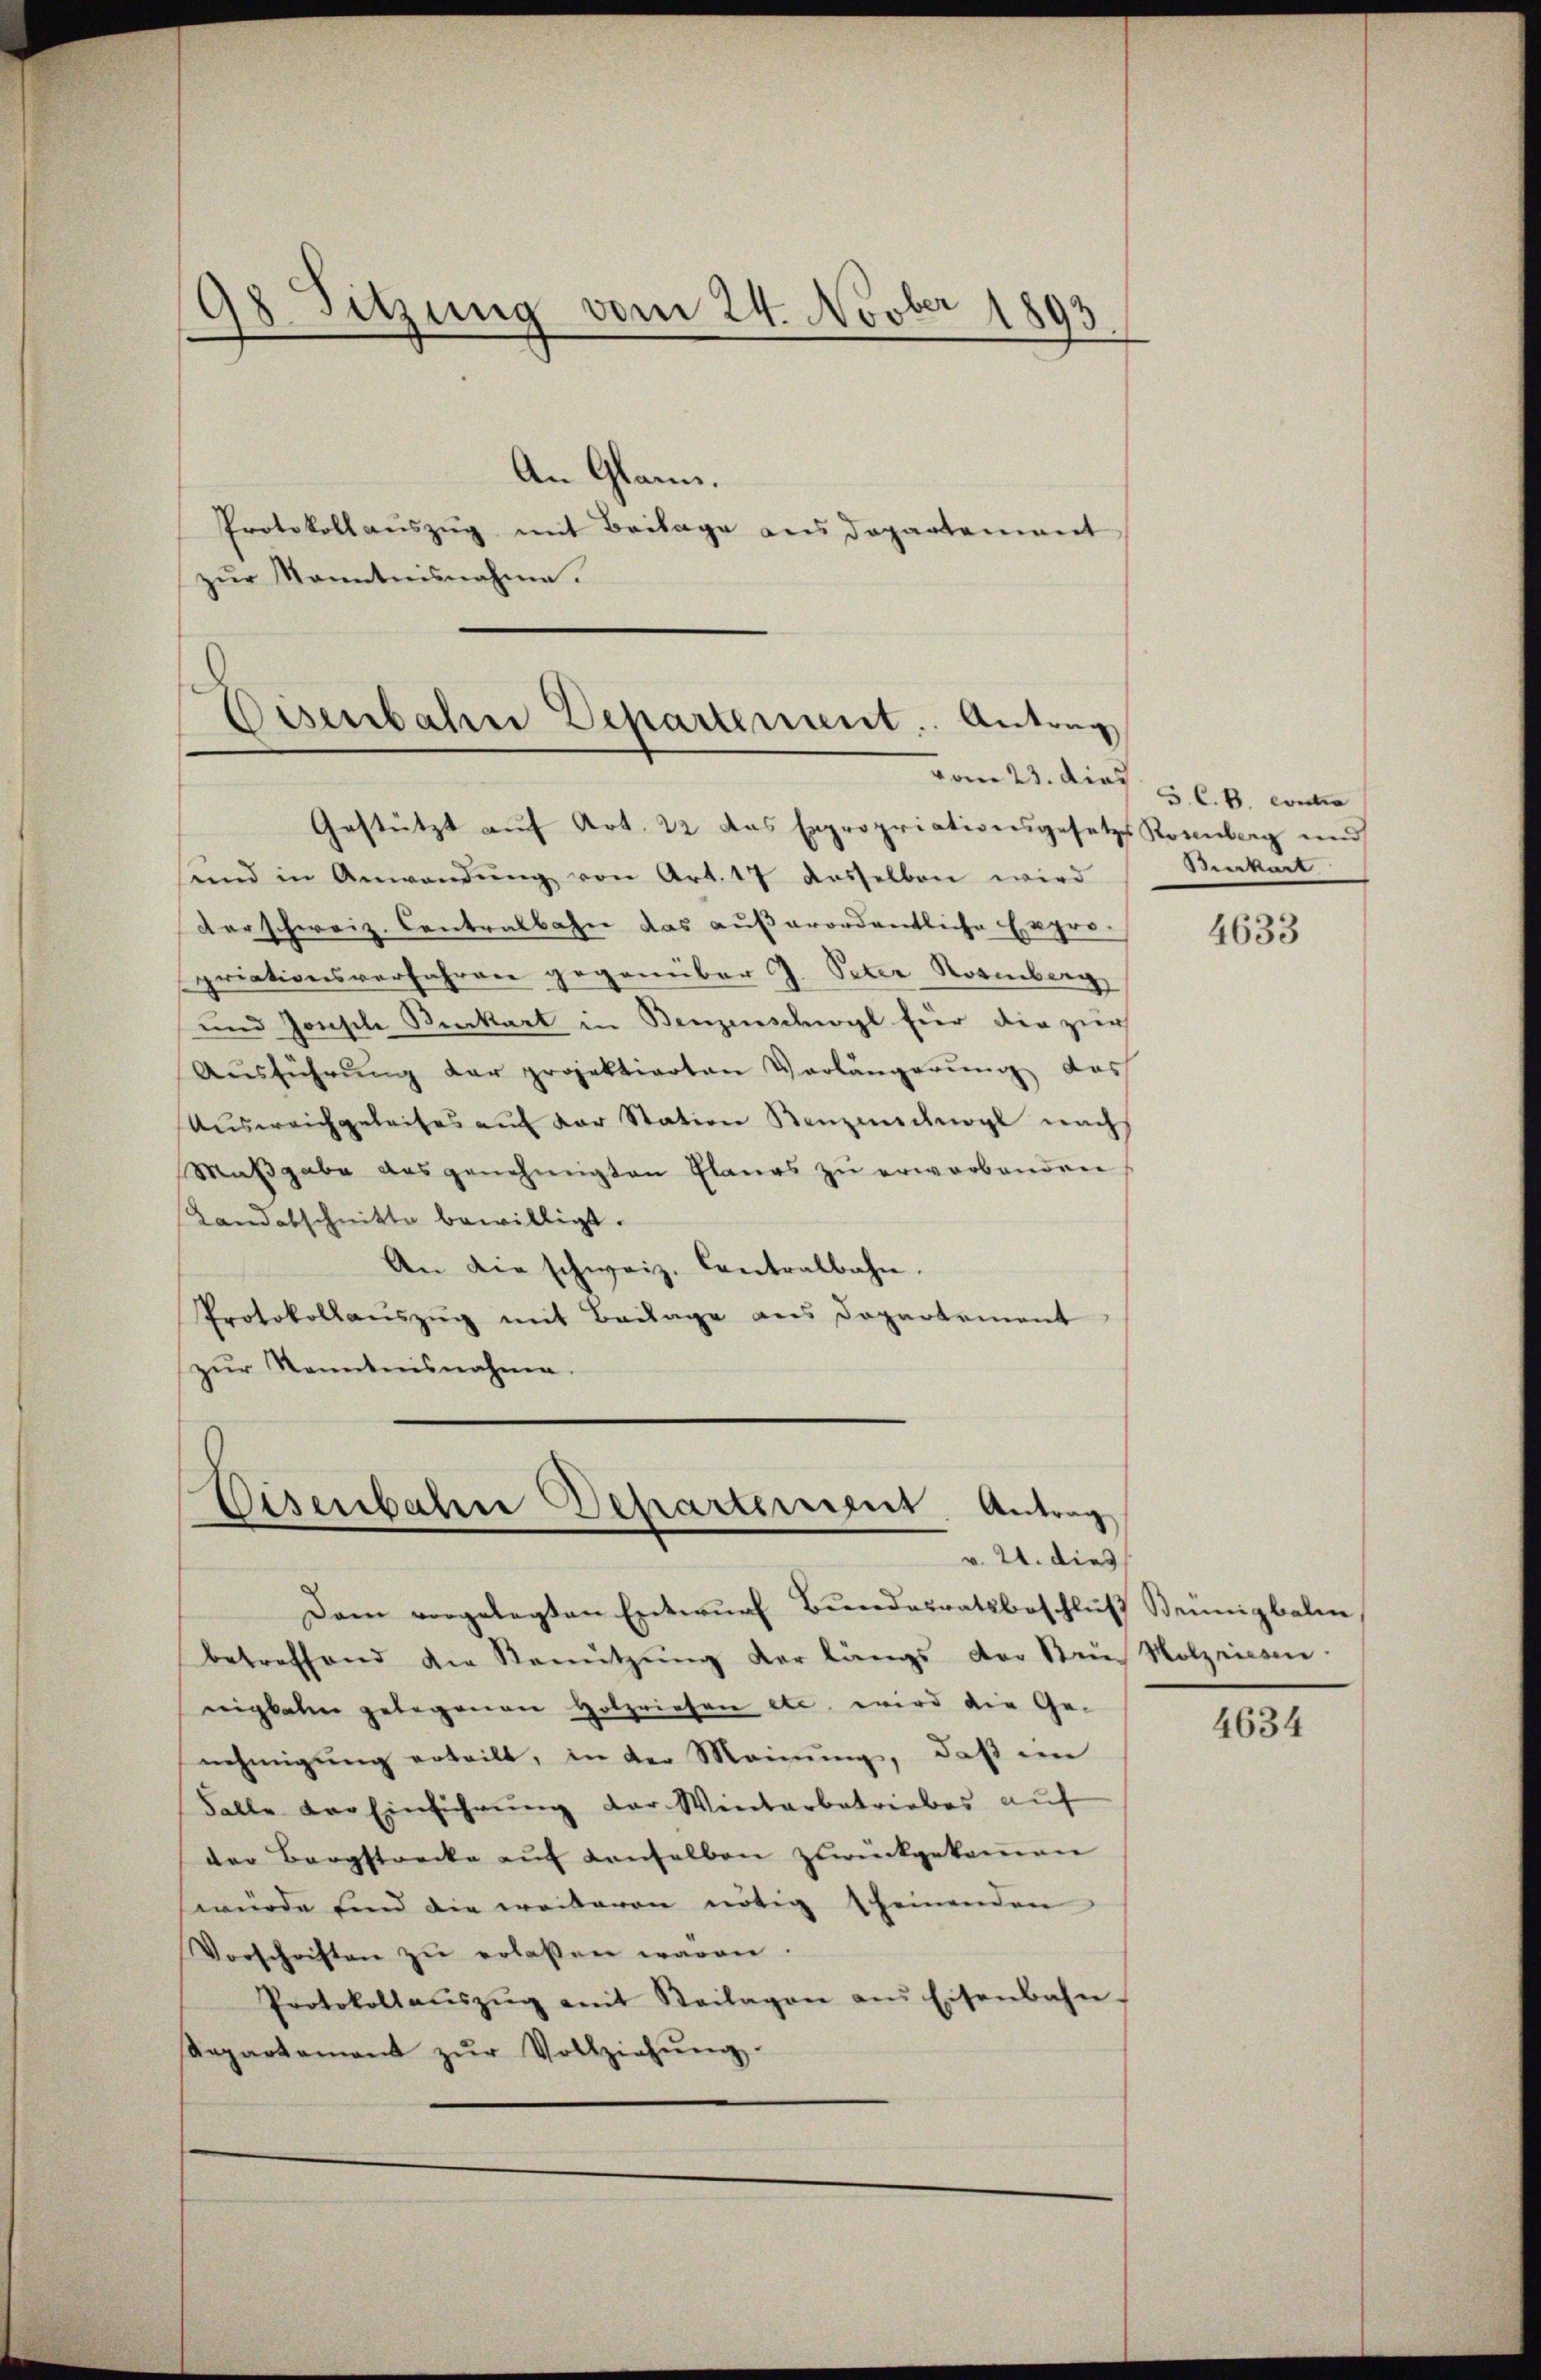
98. Sitzung vom 24. Novber 1893

An Glann.
Protokollauszug mit Beilage aus Departement
zŭr Kenntnisnahme.

Eisenbahn Departement. Antrag
vom 23. dies
Gestützt auf Art. 22 das Expropriationsgesetze Rosenberg und

sind in Anwendŭng von Art. 17 dasselben wird
verschweiz. Contralbahn das außerordentliche Expro-
priationsverfahren gegenüber J. Peter Rosenberg
und Josische Reckart in Benzenschwyl für die zur
Aŭsführŭng der projektierten Verlängerŭng das
Ausweichgeleises auf der Station Benzeichwogl nach
Maβgabe ausgenehmigten Planes zŭ erworbenden
Landabschnitte bewilligt.
An die schweiz. Contralbahn.
Protokollauszug mit Beilage aus Departement
zŭr Kenntnisnahme.

Eisenbahne Departement. Antrag
v. 21. dies

Dem vorgelegten Entwurf Bundesratsbeschluß Steinigbalm
betreffend die Benŭtzŭng der längs der Stein Holzriesen.
nigkalen gelegenen Holzriesen etc. wird die Ge-
nehmigŭng erteilt, in der Meinung, daß in
Falle der Einführung der Winterbetriebes auf
der Bergstrecke auf denselben zurückgekommen
würde sind die weiteren nötig seinenden
Vorschriften zŭ erlassen wären.
Protokollaŭszŭg mit Keilagen aus Eisenbahn-
Repartement zŭr Vollziehŭng.

S. C. B. contra
Burkart

4633

4634